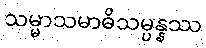
သမ္မာသမာဓိသမ္ပန္နဿ